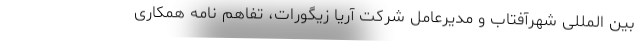
بین المللی شهرآفتاب و مدیرعامل شرکت آریا زیگورات، تفاهم نامه همکاری